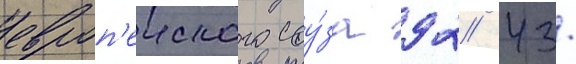
европ'еиского соу́за 92/ 43/